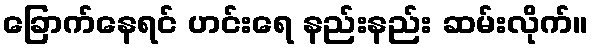
ခြောက်နေရင် ဟင်းရေ နည်းနည်း ဆမ်းလိုက်။